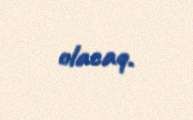
olacaq.